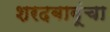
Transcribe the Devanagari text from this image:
शरदबाबूंचा